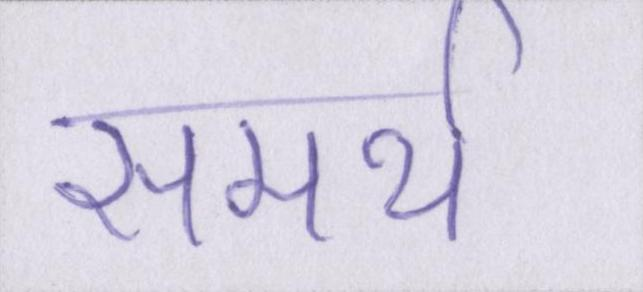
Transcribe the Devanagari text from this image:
समर्थ